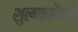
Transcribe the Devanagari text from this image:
शुल्कापैकी